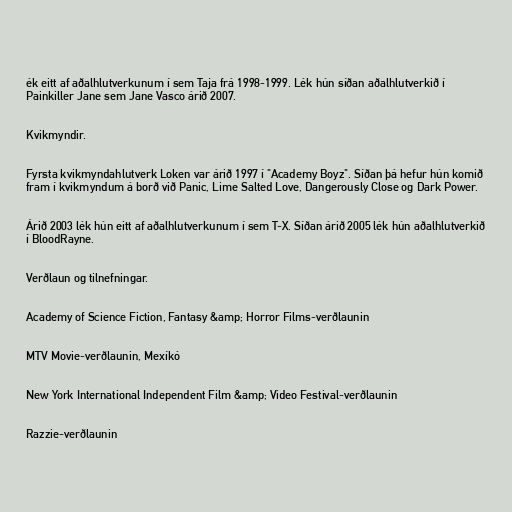
ék eitt af aðalhlutverkunum í sem Taja frá 1998-1999. Lék hún síðan aðalhlutverkið í
Painkiller Jane sem Jane Vasco árið 2007.

Kvikmyndir.

Fyrsta kvikmyndahlutverk Loken var árið 1997 í "Academy Boyz". Síðan þá hefur hún komið
fram í kvikmyndum á borð við Panic, Lime Salted Love, Dangerously Close og Dark Power.

Árið 2003 lék hún eitt af aðalhlutverkunum í sem T-X. Síðan árið 2005 lék hún aðalhlutverkið
í BloodRayne.

Verðlaun og tilnefningar.

Academy of Science Fiction, Fantasy &amp; Horror Films-verðlaunin

MTV Movie-verðlaunin, Mexíkó

New York International Independent Film &amp; Video Festival-verðlaunin

Razzie-verðlaunin